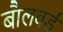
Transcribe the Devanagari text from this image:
बौलवर्ड